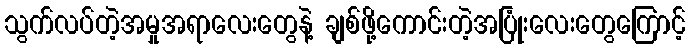
သွက်လပ်တဲ့အမှုအရာလေးတွေနဲ့ ချစ်ဖို့ကောင်းတဲ့အပြုံးလေးတွေကြောင့်